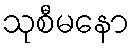
သုစီမနော